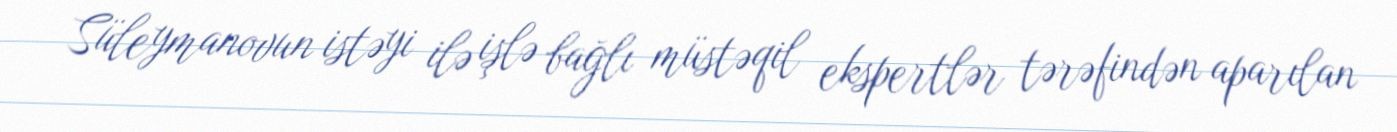
Süleymanovun istəyi ilə işlə bağlı müstəqil ekspertlər tərəfindən aparılan